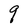
Character: q